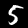
Label: 5